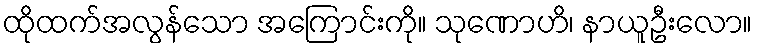
ထိုထက်အလွန်သော အကြောင်းကို။ သုဏောဟိ၊ နာယူဦးလော။